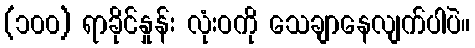
(၁၀၀) ရာခိုင်နှုန်း လုံးဝကို သေချာနေလျက်ပါပဲ။